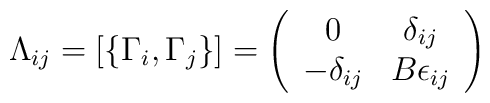
\Lambda_{ij} = \left[\{\Gamma_i, \Gamma_j\}\right] = \left( \begin{array}{cc}                                               0 & \delta_{ij} \\                                            -\delta_{ij}  & B\epsilon_{ij}                                           \end{array} \right)